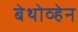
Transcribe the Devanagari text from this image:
बेथोव्हेन